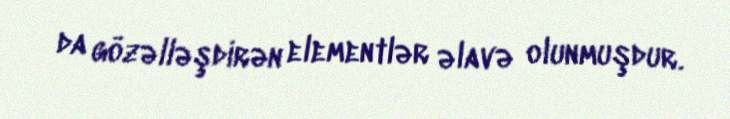
da gözəlləşdirən elementlər əlavə olunmuşdur.